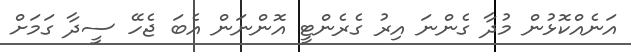
އަނެއްކޮޅުން މުދާ ގެންނަ އިރު ގެރެންޓީ އޮންނަން އެބަ ޖެހޭ ސީދާ ގަމަށް